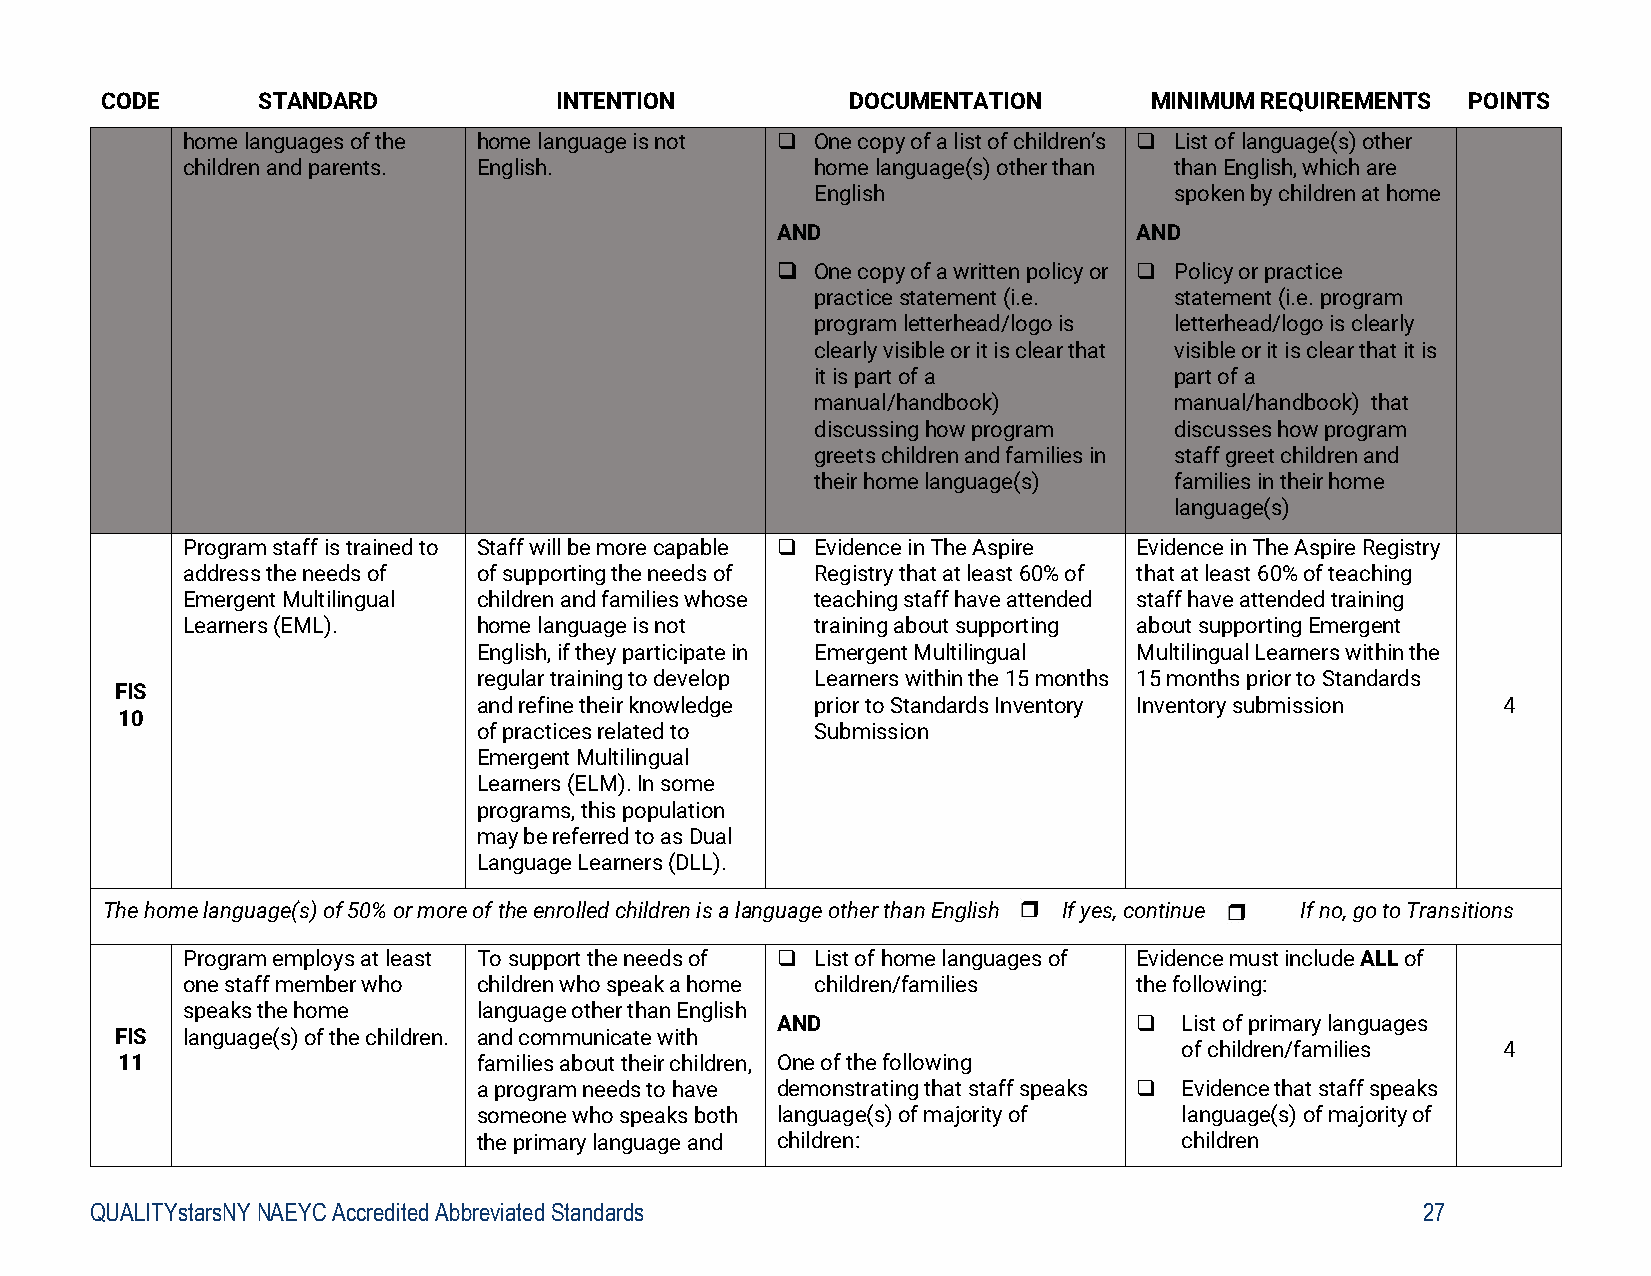
CODE      STANDARD            INTENTION          DOCUMENTATION       MINIMUM REQUIREMENTS POINTS
 home languages of the home language is not  One copy of a list of children’s  List of language(s) other
 children and parents. English.            home language(s) other than than English, which are
 English                 spoken by children at home
 AND                     AND
   One copy of a written policy or  Policy or practice
 practice statement (i.e. statement (i.e. program
 program letterhead/logo is letterhead/logo is clearly
 clearly visible or it is clear that visible or it is clear that it is
 it is part of a         part of a
 manual/handbook)        manual/handbook) that
 discussing how program  discusses how program
 greets children and families in staff greet children and
 their home language(s)  families in their home
 language(s)
 Program staff is trained to Staff will be more capable  Evidence in The Aspire Evidence in The Aspire Registry
 address the needs of of supporting the needs of Registry that at least 60% of that at least 60% of teaching
 Emergent Multilingual children and families whose teaching staff have attended staff have attended training
 Learners (EML).     home language is not  training about supporting about supporting Emergent
 English, if they participate in Emergent Multilingual Multilingual Learners within the
 regular training to develop Learners within the 15 months 15 months prior to Standards
 FIS
 and refine their knowledge prior to Standards Inventory Inventory submission 4
 10
 of practices related to Submission
 Emergent Multilingual
 Learners (ELM). In some
 programs, this population
 may be referred to as Dual
 Language Learners (DLL).
 The home language(s) of 50% or more of the enrolled children is a language other than English If yes, continue If no, go to Transitions
 Program employs at least To support the needs of  List of home languages of Evidence must include ALL of
 one staff member who children who speak a home children/families the following:
 speaks the home     language other than English
 AND                       List of primary languages
 FIS language(s) of the children. and communicate with
 of children/families 4
 11                      families about their children, One of the following
 a program needs to have demonstrating that staff speaks  Evidence that staff speaks
 someone who speaks both language(s) of majority of language(s) of majority of
 the primary language and children:            children
 QUALITYstarsNY NAEYC Accredited Abbreviated Standards                                   27